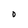
Character: 0